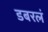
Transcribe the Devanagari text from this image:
डबरलं